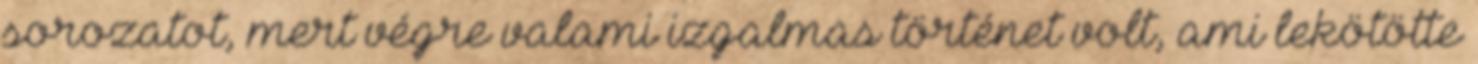
sorozatot, mert végre valami izgalmas történet volt, ami lekötötte